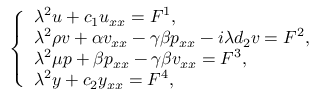
\left\{ \begin{array} { l l l } { { \lambda } ^ { 2 } u + c _ { 1 } u _ { x x } = F ^ { 1 } , } \\ { { \lambda } ^ { 2 } \rho v + \alpha v _ { x x } - \gamma \beta p _ { x x } - i { \lambda } d _ { 2 } v = F ^ { 2 } , } \\ { { \lambda } ^ { 2 } \mu p + \beta p _ { x x } - \gamma \beta v _ { x x } = F ^ { 3 } , } \\ { { \lambda } ^ { 2 } y + c _ { 2 } y _ { x x } = F ^ { 4 } , } \end{array} \right.